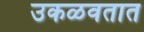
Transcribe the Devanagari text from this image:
उकळवतात